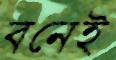
বনেই